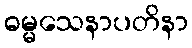
ဓမ္မသေနာပတိနာ